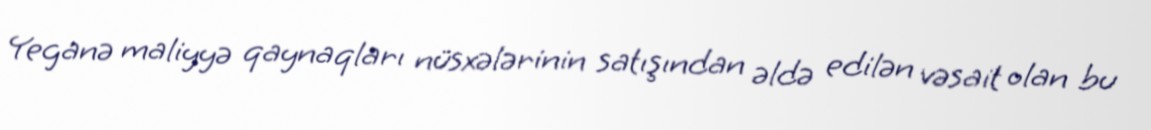
Yeganə maliyyə qaynaqları nüsxələrinin satışından əldə edilən vəsait olan bu